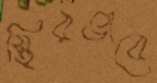
স্থিরভাবে